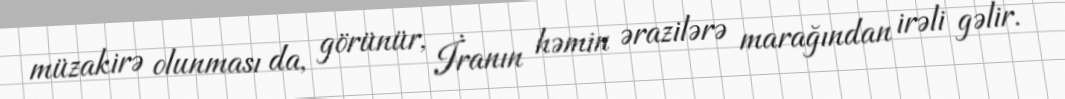
müzakirə olunması da, görünür, İranın həmin ərazilərə marağından irəli gəlir.